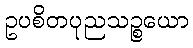
ဥပစိတပုညသဉ္စယော